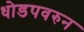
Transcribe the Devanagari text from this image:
धोडपवरुन